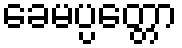
ခေမပ္ပတ္တော